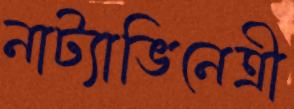
নাট্যাভিনেত্রী